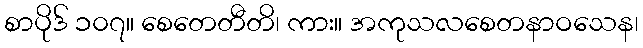
စာပိုဒ် ၁၀၇။ စေတေတီတိ၊ ကား။ အကုသလစေတနာဝသေန၊